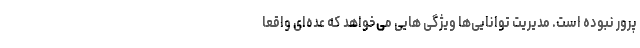
پرور نبوده است. مدیریت توانایی‌ها ویژگی هایی می‌خواهد که عده‌ای واقعا